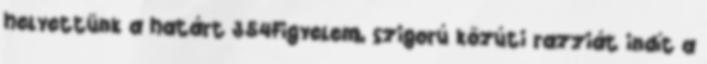
helyettünk a határt 354Figyelem, szigorú közúti razziát indít a